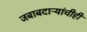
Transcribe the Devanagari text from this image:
जबाबदाऱ्यांचीही